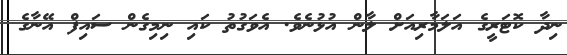
ނިދާ ކޮޓަރީގެ އަލަމާރިއަށް ލާން އުޅުނެވެ. އެވަގުތު ކައި ނިމިގެން ސައިފް އޭނާގެ